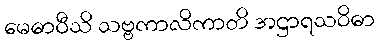
မေဓာဝီသိ သဗ္ဗကာလိကာတိ အဋ္ဌာရသဝိဓာ